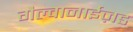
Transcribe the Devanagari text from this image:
गैल्वानाईज़ड